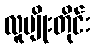
လူမျိုးတိုင်း